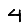
Digit: 4